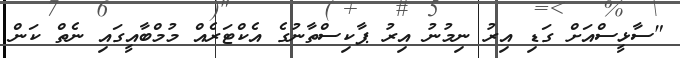
"ސާޅީސްއަށް ގަޑި އިރު ނިމުނު އިރު ޕާކިސްތާނުގެ އެކްޓަރެއް މުމްބާއީގައި ނެތް ކަން